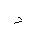
Letter: _dal